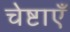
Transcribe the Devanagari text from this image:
चेष्टाएॅं